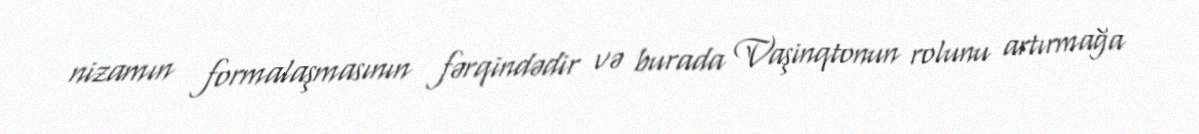
nizamın formalaşmasının fərqindədir və burada Vaşinqtonun rolunu artırmağa